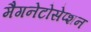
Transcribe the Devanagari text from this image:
मैगनेटोसेप्शन